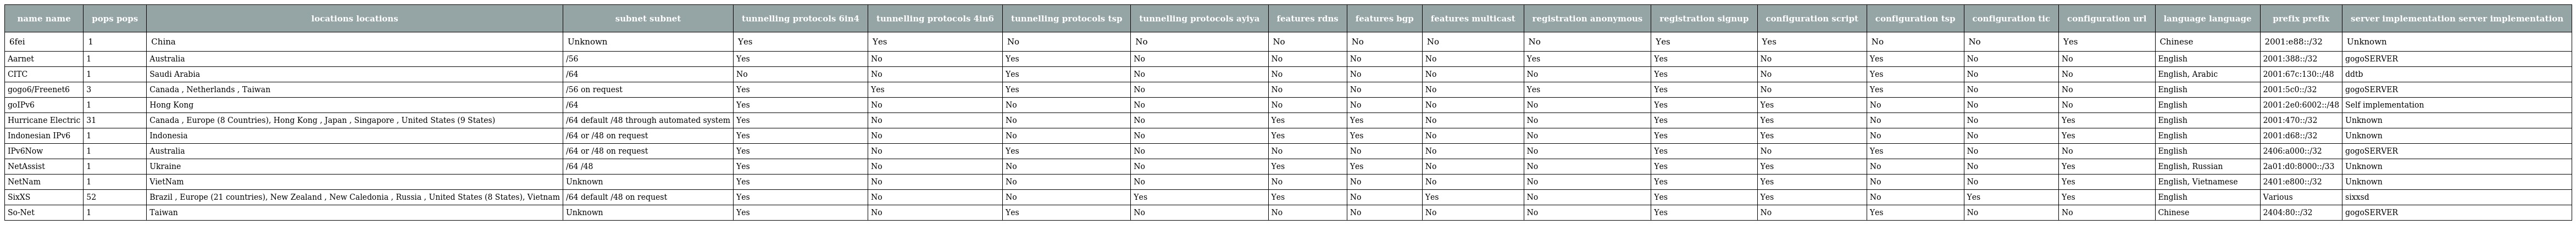
| name name | pops pops | locations locations | subnet subnet | tunnelling protocols 6in4 | tunnelling protocols 4in6 | tunnelling protocols tsp | tunnelling protocols ayiya | features rdns | features bgp | features multicast | registration anonymous | registration signup | configuration script | configuration tsp | configuration tic | configuration url | language language | prefix prefix | server implementation server implementation |
 | --- | --- | --- | --- | --- | --- | --- | --- | --- | --- | --- | --- | --- | --- | --- | --- | --- | --- | --- | --- |
 | 6fei | 1 | China | Unknown | Yes | Yes | No | No | No | No | No | No | Yes | Yes | No | No | Yes | Chinese | 2001:e88::/32 | Unknown |
 | Aarnet | 1 | Australia | /56 | Yes | No | Yes | No | No | No | No | Yes | Yes | No | Yes | No | No | English | 2001:388::/32 | gogoSERVER |
 | CITC | 1 | Saudi Arabia | /64 | No | No | Yes | No | No | No | No | No | Yes | No | Yes | No | No | English, Arabic | 2001:67c:130::/48 | ddtb |
 | gogo6/Freenet6 | 3 | Canada , Netherlands , Taiwan | /56 on request | Yes | Yes | Yes | No | No | No | No | Yes | Yes | No | Yes | No | No | English | 2001:5c0::/32 | gogoSERVER |
 | goIPv6 | 1 | Hong Kong | /64 | Yes | No | No | No | No | No | No | No | Yes | Yes | No | No | No | English | 2001:2e0:6002::/48 | Self implementation |
 | Hurricane Electric | 31 | Canada , Europe (8 Countries), Hong Kong , Japan , Singapore , United States (9 States) | /64 default /48 through automated system | Yes | No | No | No | Yes | Yes | No | No | Yes | Yes | No | No | Yes | English | 2001:470::/32 | Unknown |
 | Indonesian IPv6 | 1 | Indonesia | /64 or /48 on request | Yes | No | No | No | Yes | Yes | No | No | Yes | Yes | No | No | Yes | English | 2001:d68::/32 | Unknown |
 | IPv6Now | 1 | Australia | /64 or /48 on request | Yes | No | Yes | No | No | No | No | No | Yes | No | Yes | No | No | English | 2406:a000::/32 | gogoSERVER |
 | NetAssist | 1 | Ukraine | /64 /48 | Yes | No | No | No | Yes | Yes | No | No | Yes | Yes | No | No | Yes | English, Russian | 2a01:d0:8000::/33 | Unknown |
 | NetNam | 1 | VietNam | Unknown | Yes | No | No | No | No | No | No | No | Yes | Yes | No | No | Yes | English, Vietnamese | 2401:e800::/32 | Unknown |
 | SixXS | 52 | Brazil , Europe (21 countries), New Zealand , New Caledonia , Russia , United States (8 States), Vietnam | /64 default /48 on request | Yes | No | No | Yes | Yes | No | Yes | No | Yes | Yes | No | Yes | Yes | English | Various | sixxsd |
 | So-Net | 1 | Taiwan | Unknown | Yes | No | Yes | No | No | No | No | No | Yes | No | Yes | No | No | Chinese | 2404:80::/32 | gogoSERVER |